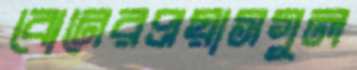
বোনেরপ্রয়াসগুল